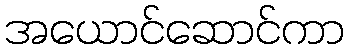
အယောင်ဆောင်ကာ